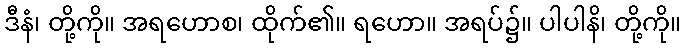
ဒီနံ၊ တို့ကို။ အရဟောစ၊ ထိုက်၏။ ရဟော။ အရပ်၌။ ပါပါနိ၊ တို့ကို။